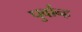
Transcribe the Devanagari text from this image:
पुर्वान्ह